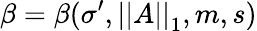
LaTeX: \beta=\beta(\sigma^{\prime},\left|\left|A\right|\right|_{1},m,s)